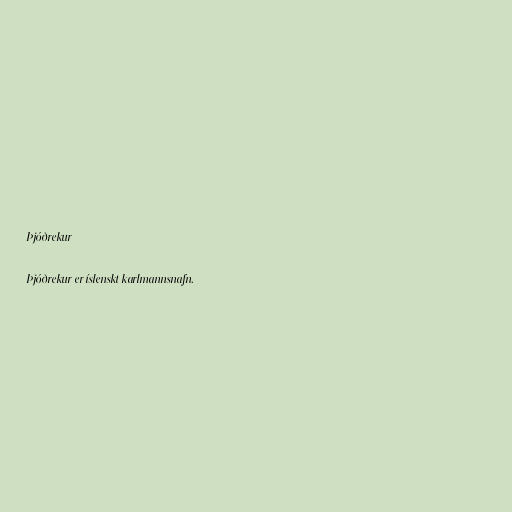
Þjóðrekur

Þjóðrekur er íslenskt karlmannsnafn.